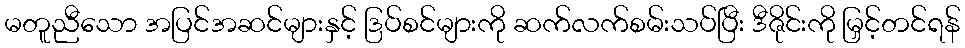
မတူညီသော အပြင်အဆင်များနှင့် ဒြပ်စင်များကို ဆက်လက်စမ်းသပ်ပြီး ဒီဇိုင်းကို မြှင့်တင်ရန်